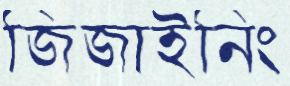
জিজাইনিং